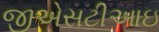
જીએસટીઆઇ